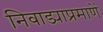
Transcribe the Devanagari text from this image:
निवाड्याप्रमाणें